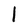
Character: l